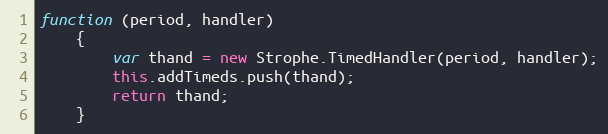
Language: JavaScript
function (period, handler)
    {
        var thand = new Strophe.TimedHandler(period, handler);
        this.addTimeds.push(thand);
        return thand;
    }